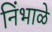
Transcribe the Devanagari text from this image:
निंभाळे